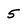
Character: 5